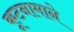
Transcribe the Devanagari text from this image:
कूटनामाने